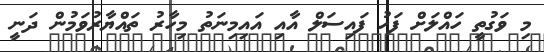
މި ވަގުތީ ހައްލަށް ފަހު ފައިސަލް އާއި އައިމިނަތު މިހާރު ތައްޔާރުވަމުން ދަނީ